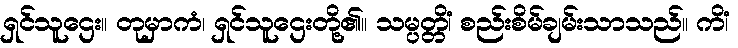
ရှင်သူဌေး။ တုမှာကံ၊ ရှင်သူဌေးတို့၏။ သမ္ပတ္တိံ၊ စည်းစိမ်ချမ်းသာသည်။ ကိံ၊